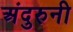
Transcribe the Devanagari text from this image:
अंदुरुनी